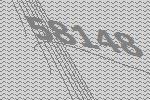
58148